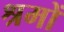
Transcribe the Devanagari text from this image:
श्रमों